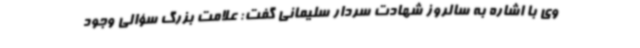
وی با اشاره به سالروز شهادت سردار سلیمانی گفت: علامت بزرگ سؤالی وجود